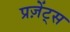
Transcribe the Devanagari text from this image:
प्रज़ेंट्स